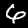
Label: 6